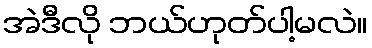
အဲဒီလို ဘယ်ဟုတ်ပါ့မလဲ။